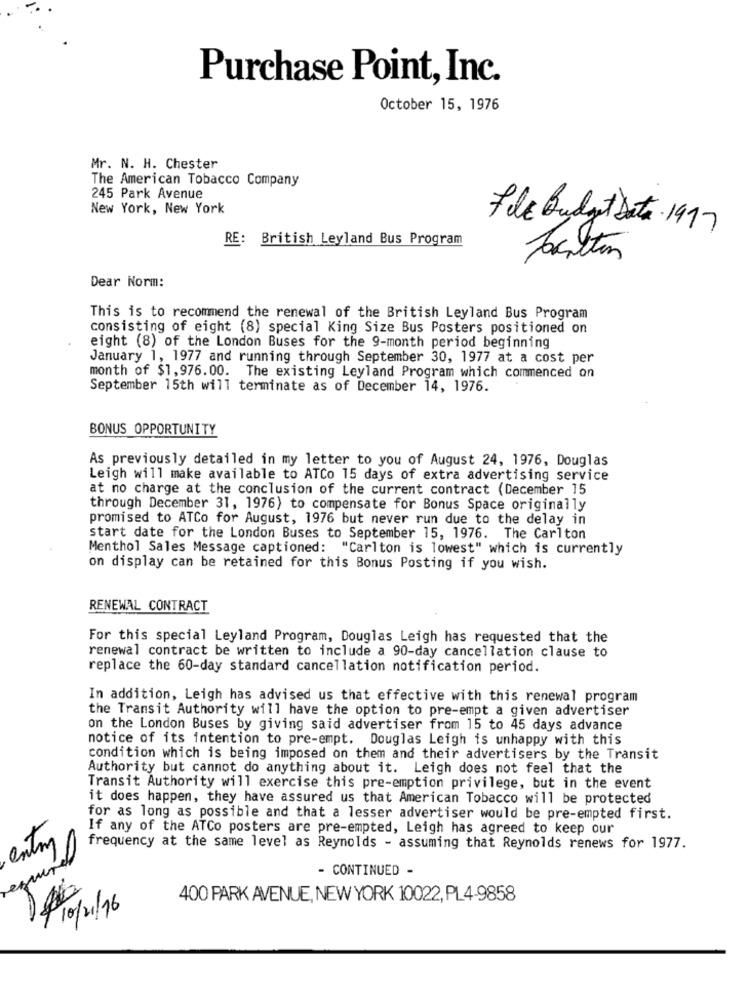
Purchase Point, Inc.
October 15, 1976
Mr. N. H. Chester
The American Tobacco Company
245 Park Avenue
New York, New York
File Budget Data 1997
RE: British Leyland Bus Program
Jachtin
Dear Norm:
This is to recommend the renewal of the British Leyland Bus Program
consisting of eight (8) special King Size Bus Posters positioned on
eight (8) of the London Buses for the 9-month period beginning
January 1, 1977 and running through September 30, 1977 at a cost per
month of $1,976.00. The existing Leyland Program which commenced on
September 15th will terminate as of December 14, 1976.
BONUS OPPORTUNITY
As previously detailed in my letter to you of August 24, 1976, Douglas
Leigh will make available to ATCo 15 days of extra advertising service
at no charge at the conclusion of the current contract (December 15
through December 31, 1976) to compensate for Bonus Space originally
promised to ATCo for August, 1976 but never run due to the delay in
start date for the London Buses to September 15, 1976. The Carlton
Menthol Sales Message captioned: "Carlton is lowest" which is currently
on display can be retained for this Bonus Posting if you wish.
RENEWAL CONTRACT
For this special Leyland Program, Douglas Leigh has requested that the
renewal contract be written to include a 90-day cancellation clause to
replace the 60-day standard cancellation notification period.
In addition, Leigh has advised us that effective with this renewal program
the Transit Authority will have the option to pre-empt a given advertiser
on the London Buses by giving said advertiser from 15 to 45 days advance
notice of its intention to pre-empt. Douglas Leigh is unhappy with this
condition which is being imposed on them and their advertisers by the Transit
Authority but cannot do anything about it. Leigh does not feel that the
Transit Authority will exercise this pre-emption privilege, but in the event
it does happen, they have assured us that American Tobacco will be protected
for as long as possible and that a lesser advertiser would be pre-empted first.
If any of the ATCo posters are pre-empted, Leigh has agreed to keep our
entry
frequency at the same level as Reynolds - assuming that Reynolds renews for 1977.
require
- CONTINUED -
400 PARK AVENUE, NEW YORK 10022, PL4-9858
/10/21/16